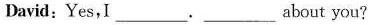
David:Yes,I___.____bout you?